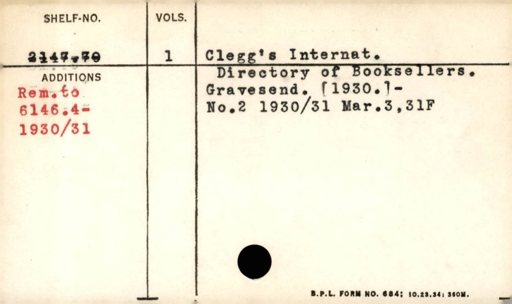
Label: content